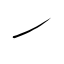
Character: ㇀